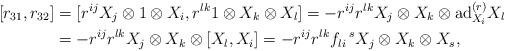
\begin{align*}[r_{31},r_{32}]&=[r^{ij}X_{j}\otimes 1\otimes X_{i},r^{lk}1\otimes X_{k}\otimes X_{l}]=-r^{ij}r^{lk}X_{j}\otimes X_{k}\otimes \mathrm{ad}^{(r)}_{X_{i}}X_{l}\\&=- r^{ij}r^{lk}X_{j}\otimes X_{k}\otimes [X_{l},X_{i}]=-r^{ij}r^{lk}f_{li}\,^{s}X_{j}\otimes X_{k}\otimes X_{s},\end{align*}